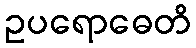
ဥပရောဓေတိ